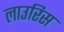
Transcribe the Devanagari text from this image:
लाउरिस